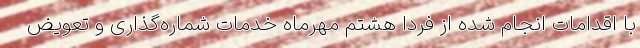
با اقدامات انجام شده از فردا هشتم مهرماه خدمات شماره‌گذاری و تعویض